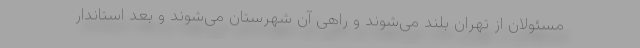
مسئولان از تهران بلند می‌شوند و راهی آن شهرستان می‌شوند و بعد استاندار